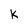
Character: k